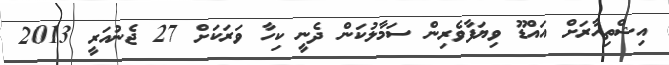
އިޝްތިހާރަށް އައްޑޫ ވިޔަފާވެރިން ސަމާލުކަން ދެނީ ކިހާ ވަރަކަށް 27 ޖެނުއަރީ 2013